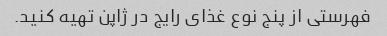
فهرستی از پنج نوع غذای رایج در ژاپن تهیه کنید.